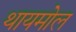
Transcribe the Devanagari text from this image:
थायमोल